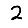
Digit: 2